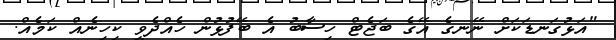
"އަޅުގަނޑަކަށް ނޭނގެ އޭގެ ބަޖެޓް ހިސާބު އެ ބޭފުޅުން ހެއްދެވީ ކިހިނެއް ކަމެއް.